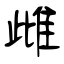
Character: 雌